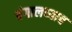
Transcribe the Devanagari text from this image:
बंगालच्याच